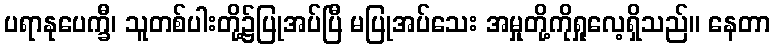
ပရာနုပေက္ခီ၊ သူတစ်ပါးတို့၌ပြုအပ်ပြီ မပြုအပ်သေး အမှုတို့ကိုရှုလေ့ရှိသည်။ နေတာ